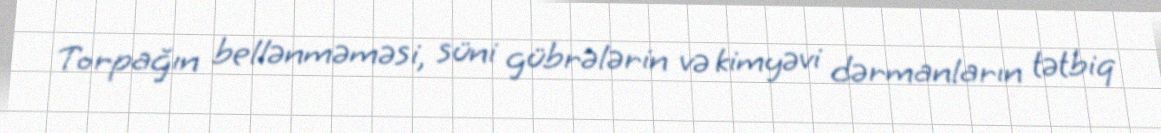
Torpağın bellənməməsi, süni gübrələrin və kimyəvi dərmanların tətbiq